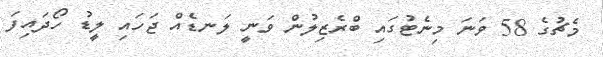
މެޗުގެ 58 ވަނަ މިނެޓުގައި ބްރެޒިލުން ވަނީ ލަނޑެއް ޖަހައި ލީޑު ހޯދައިފަ